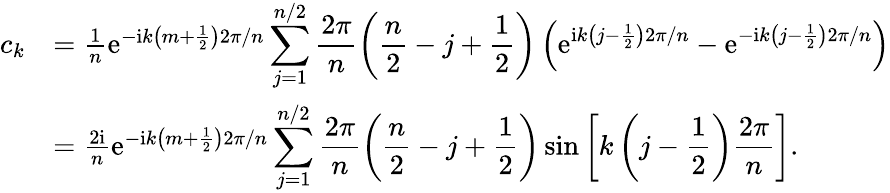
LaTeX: \begin{array}{rl}{c_{k}}&{=\frac{1}{n}\mathrm{e}^{-\mathrm{i}k\left(m+\frac{1}{2}\right)2\pi/n}\displaystyle\sum_{j=1}^{n/2}\frac{2\pi}{n}\left(\frac{n}{2}-j+\frac{1}{2}\right)\left(\mathrm{e}^{\mathrm{i}k\left(j-\frac{1}{2}\right)2\pi/n}-\mathrm{e}^{-\mathrm{i}k\left(j-\frac{1}{2}\right)2\pi/n}\right)}\\ &{=\frac{2\mathrm{i}}{n}\mathrm{e}^{-\mathrm{i}k\left(m+\frac{1}{2}\right)2\pi/n}\displaystyle\sum_{j=1}^{n/2}\frac{2\pi}{n}\left(\frac{n}{2}-j+\frac{1}{2}\right)\sin{\left[k\left(j-\frac{1}{2}\right)\frac{2\pi}{n}\right]}.}\end{array}